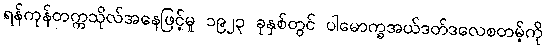
ရန်ကုန်တက္ကသိုလ်အနေဖြင့်မူ ၁၉၂၃ ခုနှစ်တွင် ပါမောက္ခအယ်ဒတ်ဒလေစတမ့်ကို